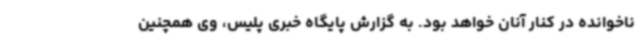
ناخوانده در کنار آنان خواهد بود. به گزارش پایگاه خبری پلیس، وی همچنین